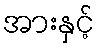
အားနှင့်